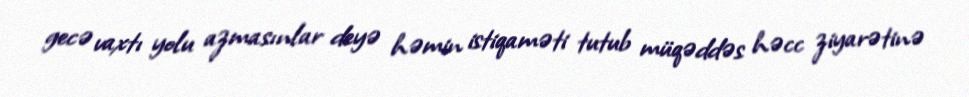
gecə vaxtı yolu azmasınlar deyə həmin istiqaməti tutub müqəddəs həcc ziyarətinə